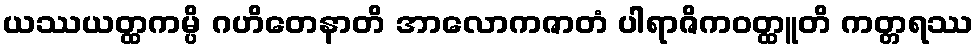
ယဿယတ္ထကမ္ပိ ဂဟိတေနာတိ အာလောကဇာတံ ပါရာဇိကဝတ္ထူတိ ကတ္တရဿ